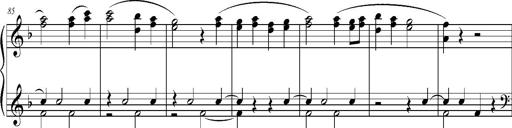
Title: Ave Maria d' Arcadelt
Composer: Franz Liszt